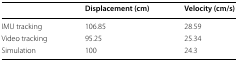
|  | Displacement (cm) | Velocity (cm/s) |
 | --- | --- | --- |
 | IMU tracking | 106.85 | 28.59 |
 | Video tracking | 95.25 | 25.34 |
 | Simulation | 100 | 24.3 |